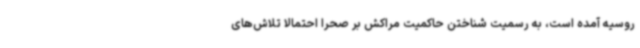
روسیه آمده است، به رسمیت شناختن حاکمیت مراکش بر صحرا احتمالا تلاش‌های